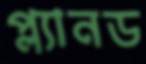
প্ল্যানড